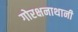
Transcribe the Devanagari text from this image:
गोरक्षनाथानी